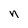
Character: n